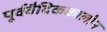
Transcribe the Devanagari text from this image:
पूर्ववैदिककालीन